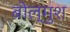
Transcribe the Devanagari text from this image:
बोल्मुश